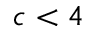
c < 4